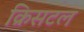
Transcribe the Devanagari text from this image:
क्रिसटल